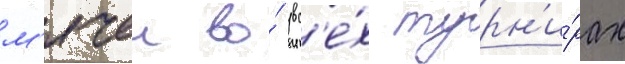
м'ячеи во́ вс'е́х турн'и́рах